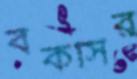
বকসির